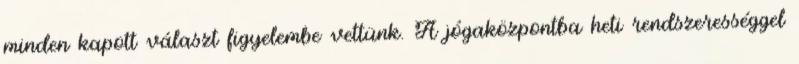
minden kapott választ figyelembe vettünk. A jógaközpontba heti rendszerességgel